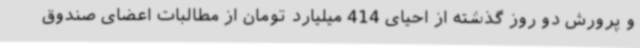
و پرورش دو روز گذشته از احیای 414 میلیارد تومان از مطالبات اعضای صندوق